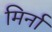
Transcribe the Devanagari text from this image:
मिर्ना